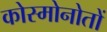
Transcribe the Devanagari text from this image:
कोस्मोनोतों